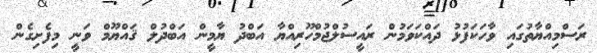
ރަސްމިއްޔާތުގައި ވާހަކަފުޅު ދައްކަވަމުން ރައީސުލްޖުމްހޫރިއްޔާ އަބްދު ޔާމީން އަބްދުލް ޤައްޔޫމް ވަނީ މިފެށިގެން